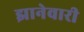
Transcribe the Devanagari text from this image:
झानेवारी